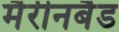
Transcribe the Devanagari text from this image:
मैरीनबैड